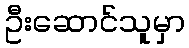
ဦးဆောင်သူမှာ